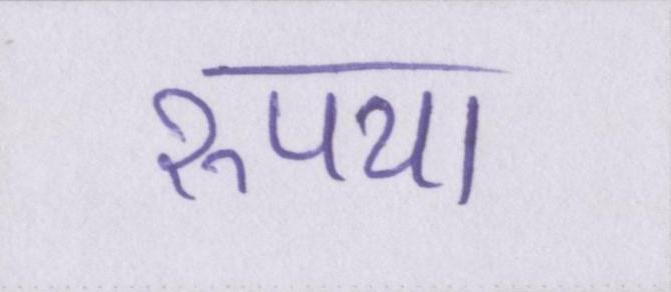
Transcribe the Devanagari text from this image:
रुपया